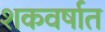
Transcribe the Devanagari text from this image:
शकवर्षात